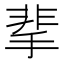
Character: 𩇮